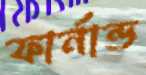
ফার্নান্ড